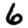
Digit: 6